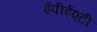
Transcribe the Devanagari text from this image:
ईपीईएटी